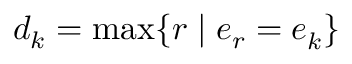
d _ { k } = \operatorname* { m a x } \{ r \mid e _ { r } = e _ { k } ^ { \, } \}